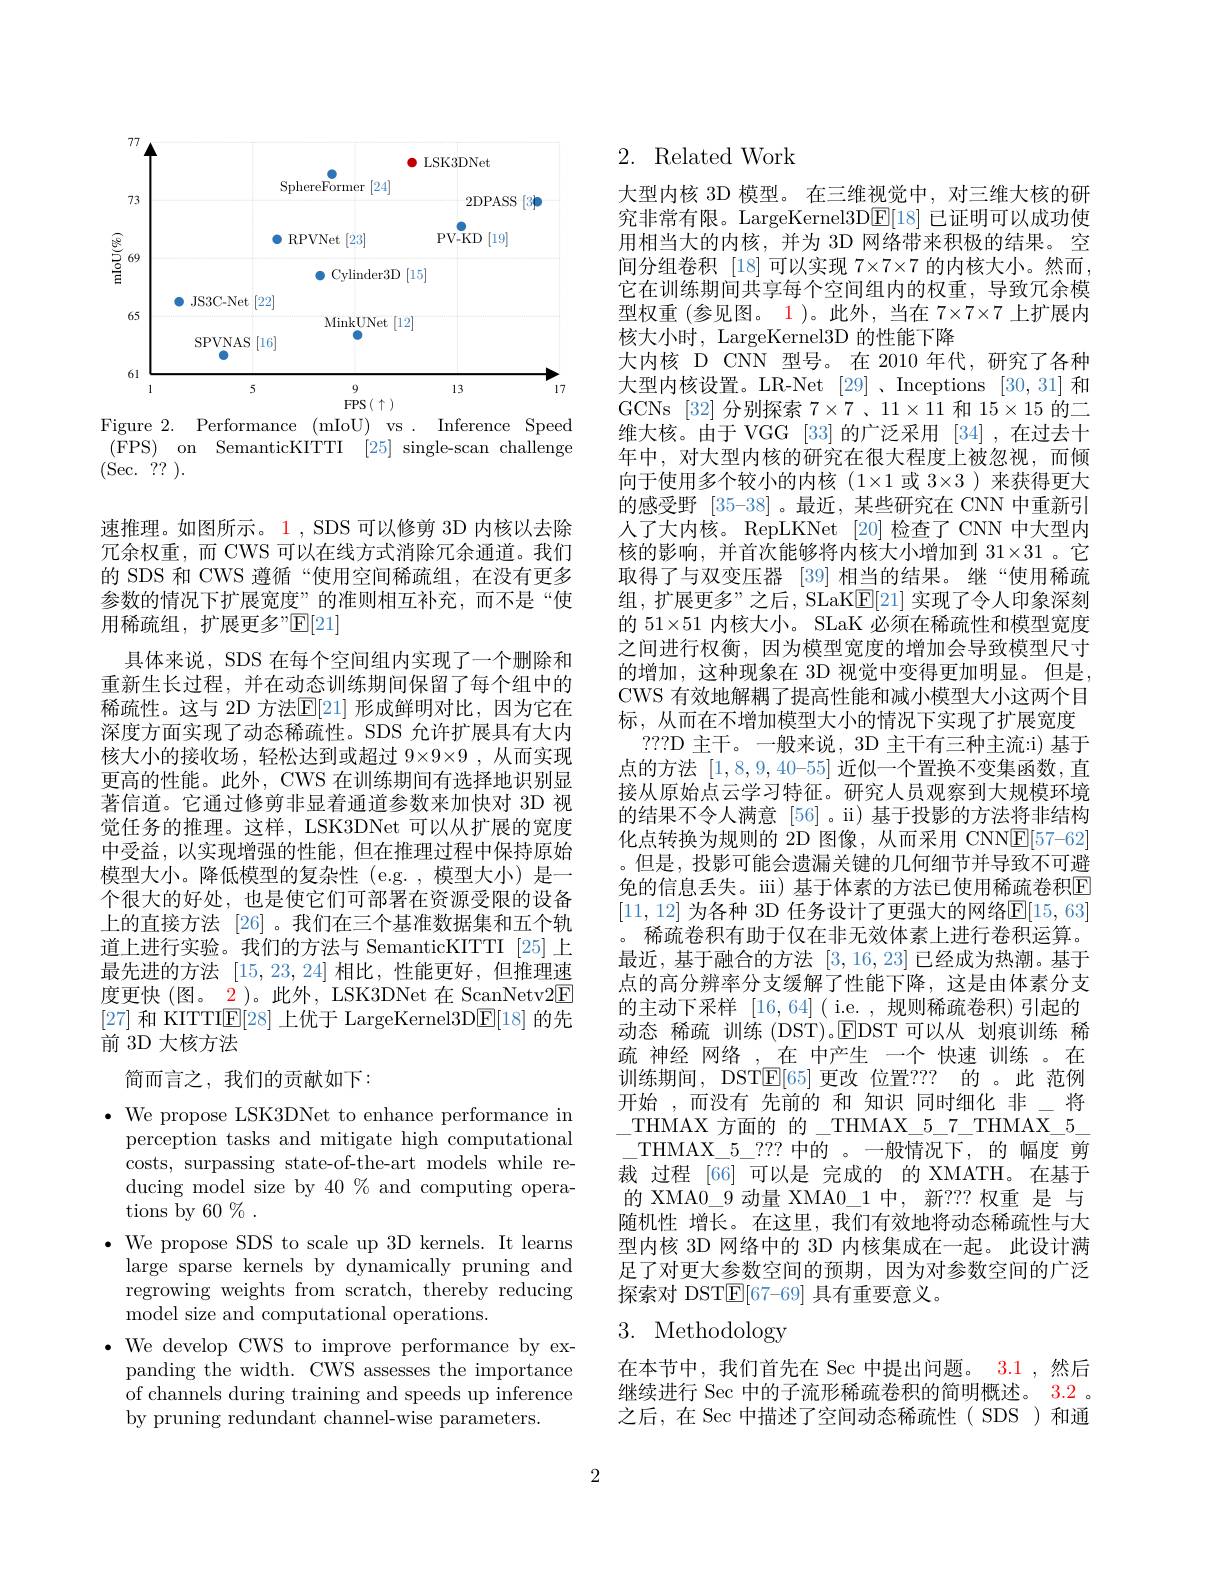
<FigureHere>
Figure 2. Performance (mIoU) vs . Inference Speed

( FPS) on SemanticKITTI [25] single-scan challenge
(Sec.?? ).

速推理。如图所示。1,SDS 可以修剪 3D 内核以去除冗余权重，而 CWS 可以在线方式消除冗余通道。我们的 SDS 和 CWS 遵循“使用空间稀疏组，在没有更多参数的情况下扩展宽度”的准则相互补充，而不是“使用稀疏组，扩展更多”$\mathbb{E}[21]$
具体来说，SDS 在每个空间组内实现了一个删除和重新生长过程，并在动态训练期间保留了每个组中的稀疏性。这与 2D 方法$\mathbb{E}[21]$ 形成鲜明对比，因为它在深度方面实现了动态稀疏性。SDS 允许扩展具有大内核大小的接收场，轻松达到或超过 9×9×9 ,从而实现更高的性能。此外，CWS 在训练期间有选择地识别显著信道。它通过修剪非显着通道参数来加快对 3D 视觉任务的推理。这样，LSK3DNet 可以从扩展的宽度中受益，以实现增强的性能，但在推理过程中保持原始模型大小。降低模型的复杂性(e.g.,模型大小)是一个很大的好处，也是使它们可部署在资源受限的设备上的直接方法 [26] 。我们在三个基准数据集和五个轨道上进行实验。我们的方法与 SemanticKITTI [25]上最先进的方法[15,23,24]相比，性能更好，但推理速度更快(图。2)。此外，LSK3DNet 在 ScanNetv2E [27]和 KITTI$\mathbb{E}[28]$上优于 LargeKernel3D$\mathbb{E}[18]$的先前 3D 大核方法
简而言之，我们的贡献如下：

$\bullet$ We propose LSK3DNet to enhance performance in
perception tasks and mitigate high computational costs, surpassing state-of-the-art models while reducing model size by $40\%$ and computing operations by 60 % .
$\bullet$ We propose SDS to scale up 3D kernels. It learns
large sparse kernels by dynamically pruning and regrowing weights from scratch, thereby reducing model size and computational operations.
$\bullet$ We develop CWS to improve performance by ex-
panding the width. CWS assesses the importance of channels during training and speeds up inference by pruning redundant channel-wise parameters.

# 2. Related Work

大型内核 3D 模型。在三维视觉中，对三维大核的研究非常有限。LargeKernel3DE[18]已证明可以成功使用相当大的内核，并为 3D 网络带来积极的结果。空间分组卷积 [18]可以实现 7×7×7 的内核大小。然而， 它在训练期间共享每个空间组内的权重，导致冗余模型权重(参见图。1)。此外，当在 7×7×7 上扩展内核大小时，LargeKernel3D 的性能下降
大内核 D CNN 型号。在 2010 年代，研究了各种大型内核设置。LR-Net [29]、Inceptions [30,31] 和GCNs [32] 分别探索$7\times7$、11$\times11$和$15\times15$的二维大核。由于 VGG [33]的广泛采用 [34],在过去十年中，对大型内核的研究在很大程度上被忽视，而倾向于使用多个较小的内核(1×1 或 3×3)来获得更大的感受野 [35-38] 。最近，某些研究在 CNN 中重新引人了大内核。RepLKNet [20] 检查了 CNN 中大型内核的影响，并首次能够将内核大小增加到 31×31。它取得了与双变压器 [39] 相当的结果。继“使用稀疏组，扩展更多”之后，SLaKE[21]实现了令人印象深刻的 51×51 内核大小。SLaK 必须在稀疏性和模型宽度之间进行权衡，因为模型宽度的增加会导致模型尺寸的增加，这种现象在 3D 视觉中变得更加明显。但是， CWS 有效地解耦了提高性能和减小模型大小这两个目标，从而在不增加模型大小的情况下实现了扩展宽度
???D 主干。一般来说，3D 主干有三种主流：i) 基于点的方法$[1,8,9,40–55]$近似一个置换不变集函数，直接从原始点云学习特征。研究人员观察到大规模环境的结果不令人满意 [56]。ii)基于投影的方法将非结构化点转换为规则的 2D 图像，从而采用 CNN$\underline{\mathrm{E}}[57-62]$ 。但是，投影可能会遗漏关键的几何细节并导致不可避免的信息丢失。iii) 基于体素的方法已使用稀疏卷积E [11,12] 为各种 3D 任务设计了更强大的网络$\mathbb{E}[15,63]$ 。稀疏卷积有助于仅在非无效体素上进行卷积运算。最近，基于融合的方法[3,16,23]已经成为热潮。基于点的高分辨率分支缓解了性能下降，这是由体素分支的主动下采样 [16,64]( i.e. ,规则稀疏卷积)引起的动态 稀疏 训练 (DST)。$\mathsf{E}$DST 可以从 划痕训练 稀疏 神经 网络 ,\_在 中产生 一个 快速 训练 。在训练期间，DSTE[65]更改 位置？?? 的 。此 范例开始 ,而没有 先前的 和 知识 同时细化 非\_将\_THMAX 方面的 的\_THMAX\_5\_7\_THMAX\_5\_ $\_$THMAX\_5\_??? 中的。一般情况下，的 幅度 剪裁 过程 [66] 可以是 完成的 的 XMATH。在基于的 XMA0\_9 动量 XMA0\_1 中，新？?? 权重 是 与随机性 增长。在这里，我们有效地将动态稀疏性与大型内核 3D 网络中的 3D 内核集成在一起。此设计满足了对更大参数空间的预期，因为对参数空间的广泛探索对 DST$\underline{\mathrm{E}}[67–69]$具有重要意义。
3. Methodology

在本节中，我们首先在 Sec 中提出问题。3.1 ,然后继续进行 Sec 中的子流形稀疏卷积的简明概述。3.2 。之后，在 Sec 中描述了空间动态稀疏性( SDS)和通

2